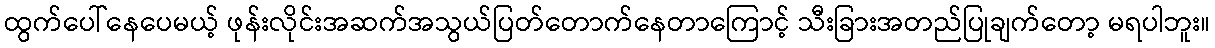
ထွက်ပေါ်နေပေမယ့် ဖုန်းလိုင်းအဆက်အသွယ်ပြတ်တောက်နေတာကြောင့် သီးခြားအတည်ပြုချက်တော့ မရပါဘူး။